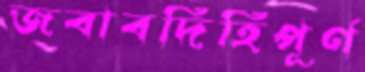
জবাবদিহিপূর্ণ